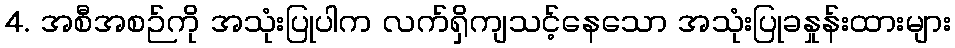
4. အစီအစဉ်ကို အသုံးပြုပါက လက်ရှိကျသင့်နေသော အသုံးပြုခနှုန်းထားများ